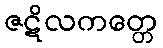
ဇဋိလကတ္တေ